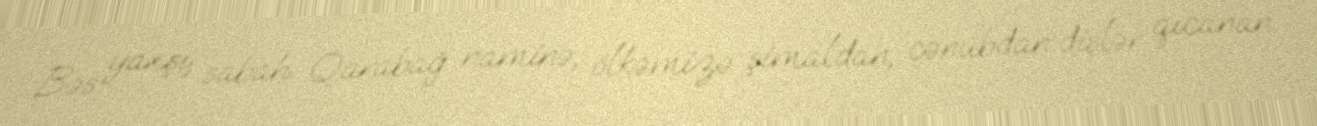
Bəs yaxşı, sabah Qarabağ naminə, ölkəmizə şimaldan, cənubdan dişlər qıcanan